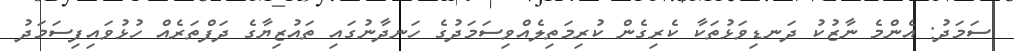
ސަމަދު: އެންމެ ނާޒުކު ދަނޑިވަޅުތަކާ ކެރިގެން ކުރިމަތިލެއްވިސަމަދުގެ ހަނދާނުގައި ތައުޒިޔާގެ ދަފްތަރެއް ހުޅުވައިފިސަމަދު